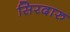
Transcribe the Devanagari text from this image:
सिरदारु